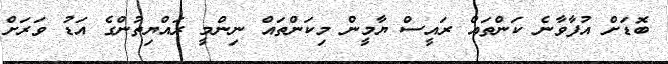
ބޮޑަށް އުފާވާނެ ކަންތައް ރައީސް ޔާމީން މިކަންތައް ނިންމީ ރައްޔިތުންގެ އަޑު ވަރަށް